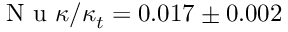
\mathrm { ~ N ~ u ~ } \kappa / \kappa _ { t } = 0 . 0 1 7 \pm 0 . 0 0 2